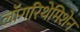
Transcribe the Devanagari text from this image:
लॉगरिथेमिशेन